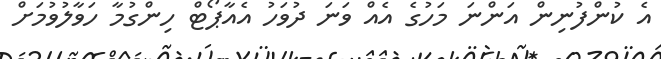
އެ ކުންފުނިން އަންނަ މަހުގެ އެއް ވަނަ ދުވަހު އެއާޕޯޓް ހިންގުމާ ހަވާލުވުމަށް